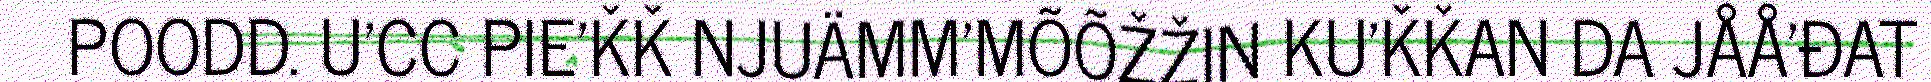
POODD. U'CC PIE'ǨǨ NJUÄMM'MÕÕŽŽIN KU'ǨǨAN DA JÅÅ'ĐAT